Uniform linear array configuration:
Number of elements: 12
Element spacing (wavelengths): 0.25
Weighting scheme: hann
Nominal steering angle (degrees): -45
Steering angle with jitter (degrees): -46.486
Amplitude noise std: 0.05
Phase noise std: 0.05

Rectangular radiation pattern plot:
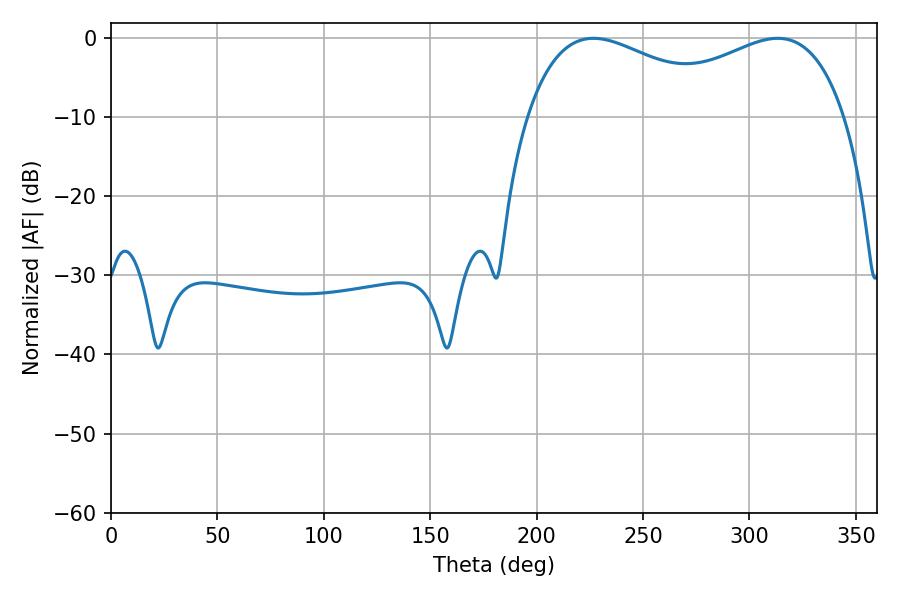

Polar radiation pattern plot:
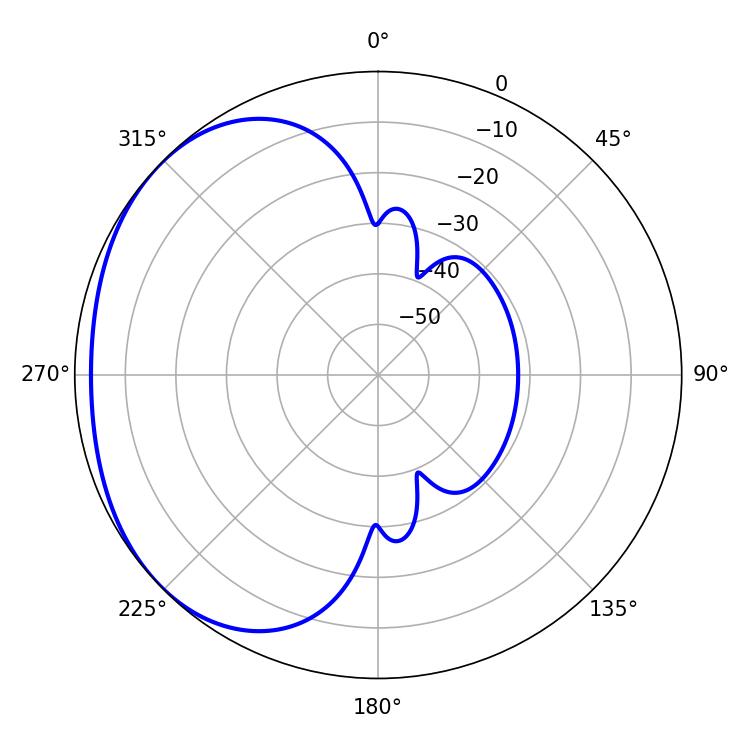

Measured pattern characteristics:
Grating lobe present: FALSE
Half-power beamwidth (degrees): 54.9
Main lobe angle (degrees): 226.8